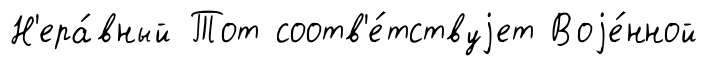
Н'ера́вный Тот соотв'е́тствуjет Воjе́нной